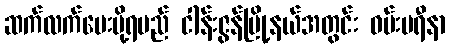
ဆက်လက်ပေးပို့ရမည် ငါန်းဇွန်မြို့နယ်အတွင်း ဝမ်းမရီနာ